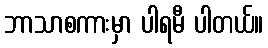
ဘာသာစကားမှာ ပါရမီ ပါတယ်။